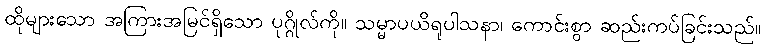
ထိုများသော အကြားအမြင်ရှိသော ပုဂ္ဂိုလ်ကို။ သမ္မာပယိရုပါသနာ၊ ကောင်းစွာ ဆည်းကပ်ခြင်းသည်။